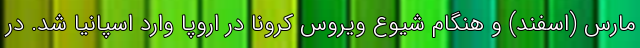
مارس (اسفند) و هنگام شیوع ویروس کرونا در اروپا وارد اسپانیا شد. در